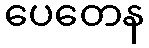
ပေတေန